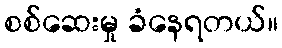
စစ်ဆေးမှု ခံနေရတယ်။